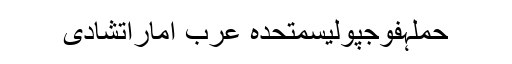
حملہفوجپولیسمتحدہ عرب اماراتشادی